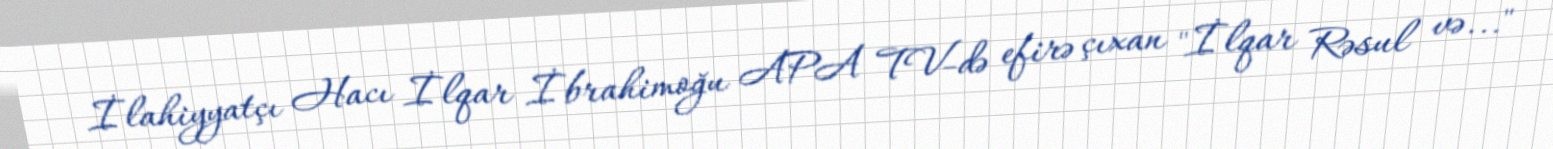
İlahiyyatçı Hacı İlqar İbrahimoğu APA TV-də efirə çıxan "İlqar Rəsul və..."